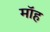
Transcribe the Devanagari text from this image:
मॉह